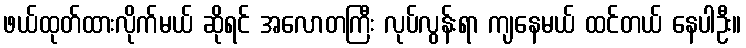
ဖယ်ထုတ်ထားလိုက်မယ် ဆိုရင် အလောတကြီး လုပ်လွန်းရာ ကျနေမယ် ထင်တယ် နေပါဦး။